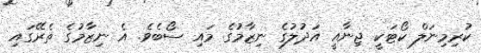
ކުރިމިނަލް ކޯޓަކީ ޖިނާއީ އަދުލުގެ ނިޒާމުގެ މައި ސޯބެވެ. އެ ނިޒާމުގެ ތެރޭގައި